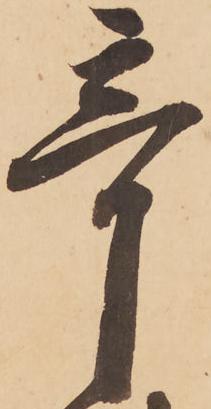
奇